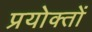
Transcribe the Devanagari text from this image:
प्रयोक्तों